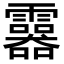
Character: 𩆮